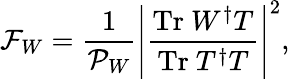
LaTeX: \mathcal{F}_{W}=\frac{1}{\mathcal{P}_{W}}\left|\frac{\mathrm{Tr}~W^{\dagger}T}{\mathrm{Tr}~T^{\dagger}T}\right|^{2},